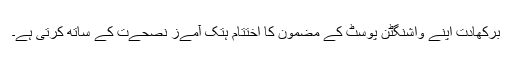
برکھادت اپنے واشنگٹن پوسٹ کے مضمون کا اختتام ہتک آمےز نصحےت کے ساتھ کرتی ہے۔